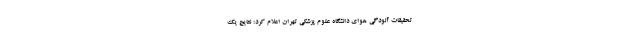
تحقیقات آلودگی هوای دانشگاه علوم پزشکی تهران اعلام کرد: نتایج یک